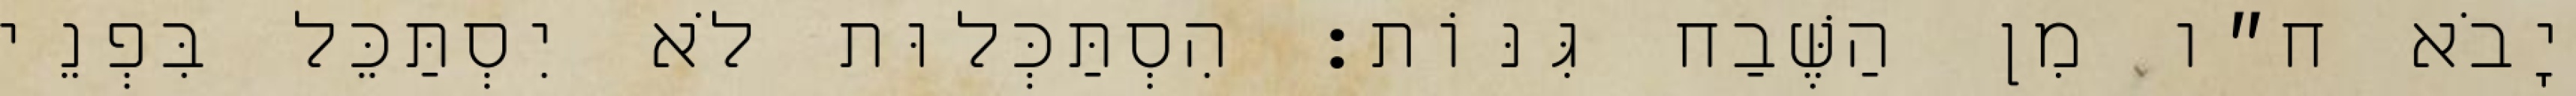
יָבֹא ח״ו מִן הַשֶּׁבַח גִּנּוֹת: הִסְתַּכְּלוּת לֹא יִסְתַּכֵּל בִּפְנֵי